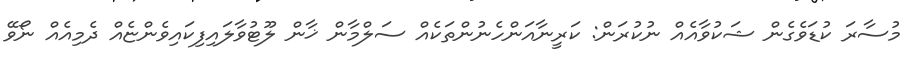
މުސާރަ ކުޑަވެގެން ޝަކުވާއެއް ނުކުރަން: ކަރީނާއަންހެނުންތަކެއް ސަލްމާން ޚާން ލޫޓުވާލައިފިކައިވެންޏެއް ދެމިއެއް ނޯވޭ